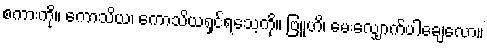
စကားကို။ ကောသိယ၊ ကောသိယရှင်ရသေ့ကို။ ဗြူဟိ၊ မေးလျှောက်ပါချေလော။